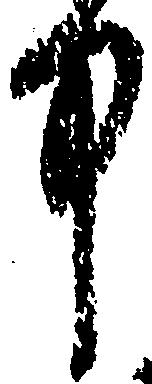
中